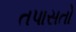
તપાસતો